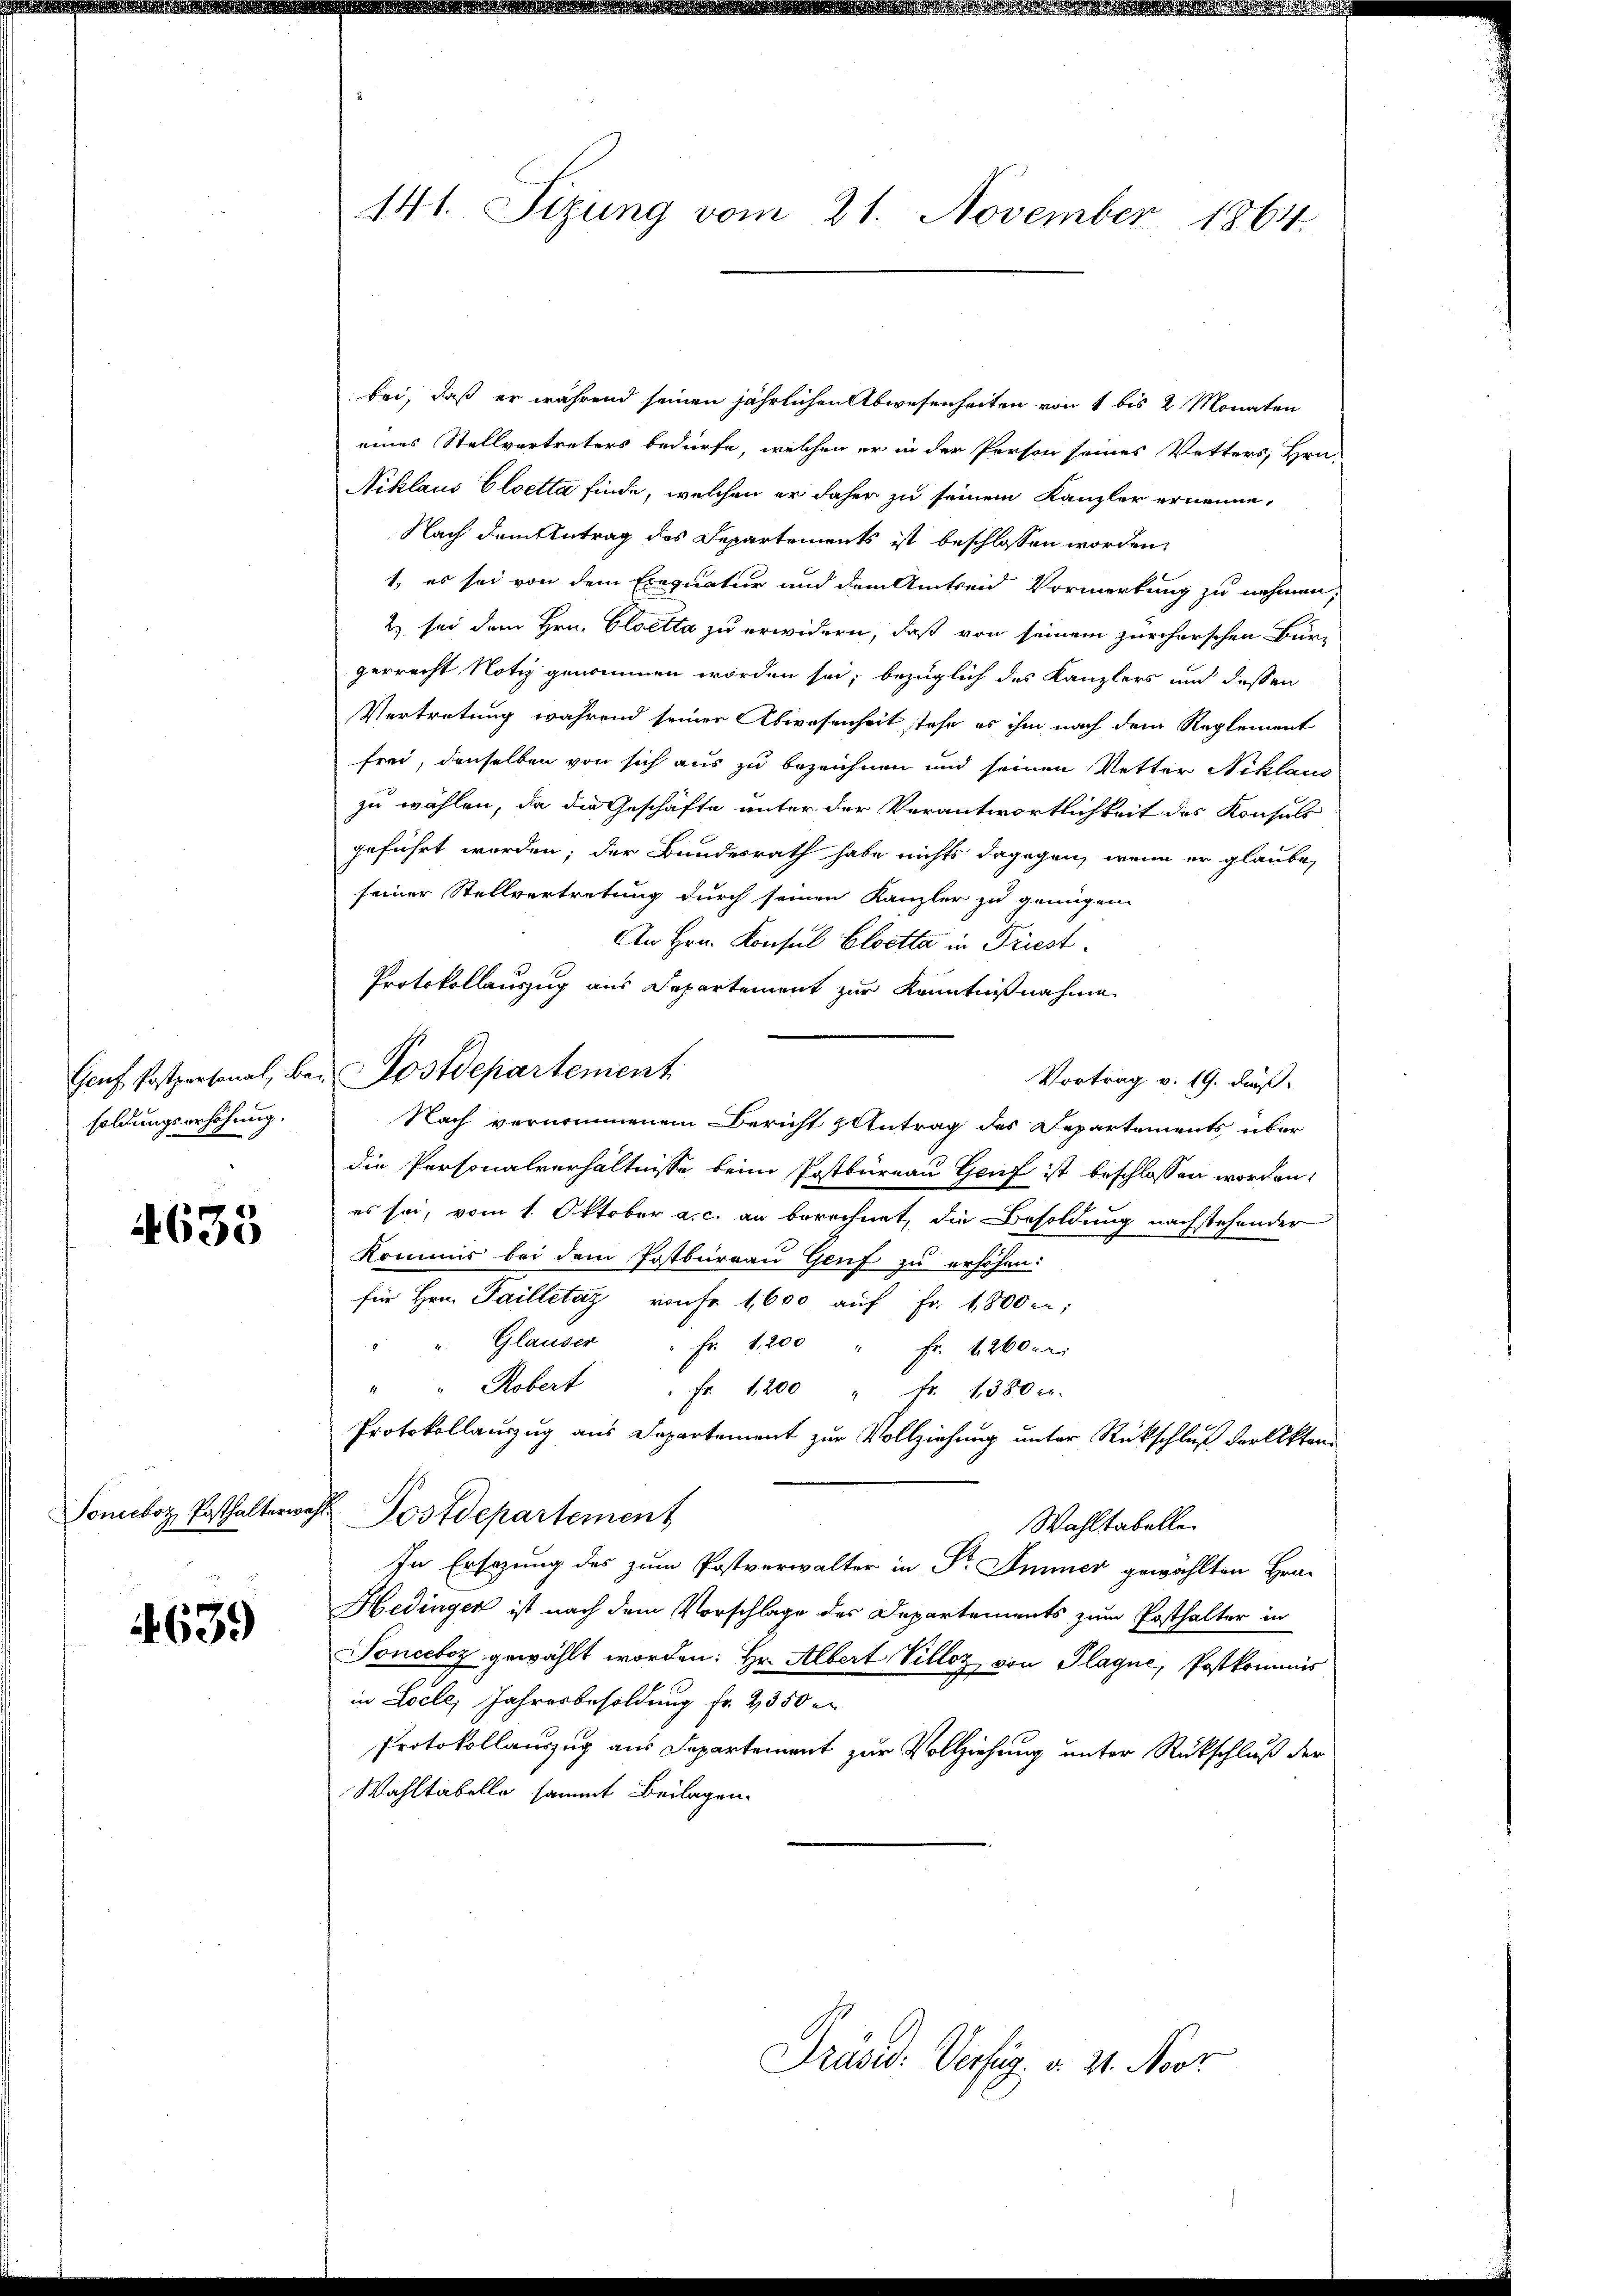
soldungserhöhung.

4633

4639

141. Sizung vom 21. November 1864.

bei, daß er während seinen jährlichen Abwesenheiten von 1 bis 2 Monaten
eines Stellvertreters bedürfe, welchen er in der Person seines Vetters, Hrn.
Niklaus Cloetta finde, welcher er daher zu seinem Kanzler ernenne,
Nach dem Antrag des Departements ist beschlossen worden,
1., es sei von dem Exequatur und dem Amtseid Vormerkung zu nehmen,
2) sei dem Hrn. Cloetta zu erwidern, daß von seinem zürcherschen Bür-
gerrecht Notiz genommen worden sei, bezüglich des Kanzlers und dessen
Vertretung während seiner Abwesenheit stehe es ihm nach dem Reglement
frei, denselben von sich aus zu bezeichnen und seinen Vetter Niklaus
zu wählen, da die Geschäfte unter der Verantwortlichkeit des Konsuls
geführt worden; der Bundesrath habe nichts dagegen, wenn er glaube,
seiner Stellvertretung durch seinen Kanzler zu genügen.
An Hrn. Konsul Eloetta in Priest.
Protokollauszug aus Departement zur Kenntnißnahme
Genf Postpersonal, bei Postdepartement
Vortrag v. 19. dieß.
Nach vernommenem Bericht Antrag des Departements über
die Personalverhältnisse beim Postbureau Genf ist beschlossen worden.
es sei, vom 1. Oktober a. c. an berechnet, die Besoldung nachstehender
Kommis bei dem Postbureau Genf zu erhöhen:
für Hrn. Failletaz von Fr. 1,600 auf Fr. 1800 en;
Glauser " Fr. 1200 " Fr. 1200 Fr.
" " Robert " fr. 1200 " fr. 1380 c.
Protokollauszug aus Departement zur Vollziehung unter Rückschluß der Akten
Soneboz Posthalterwahl Postdepartement
Wahltabellen
In Ersezung des zum Postverwalter in Dr. Immer gewählten Hra¬
Hedinger ist nach dem Vorschlage des Departements zum Posthalter in
Tonceboz gewählt worden: Hr. Albert Villez von Plagne, Postkommis
in Locle, Jahresbesoldung Fr. 2350 e
Protokollauszug aus Departement zur Vollziehung unter Rückschluß der
Wahltabelle sammt Beilagen.

Präsid. Verfüg, d. 21. Nor